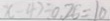
x - 4 7 \div 0 . 2 5 = 1 0